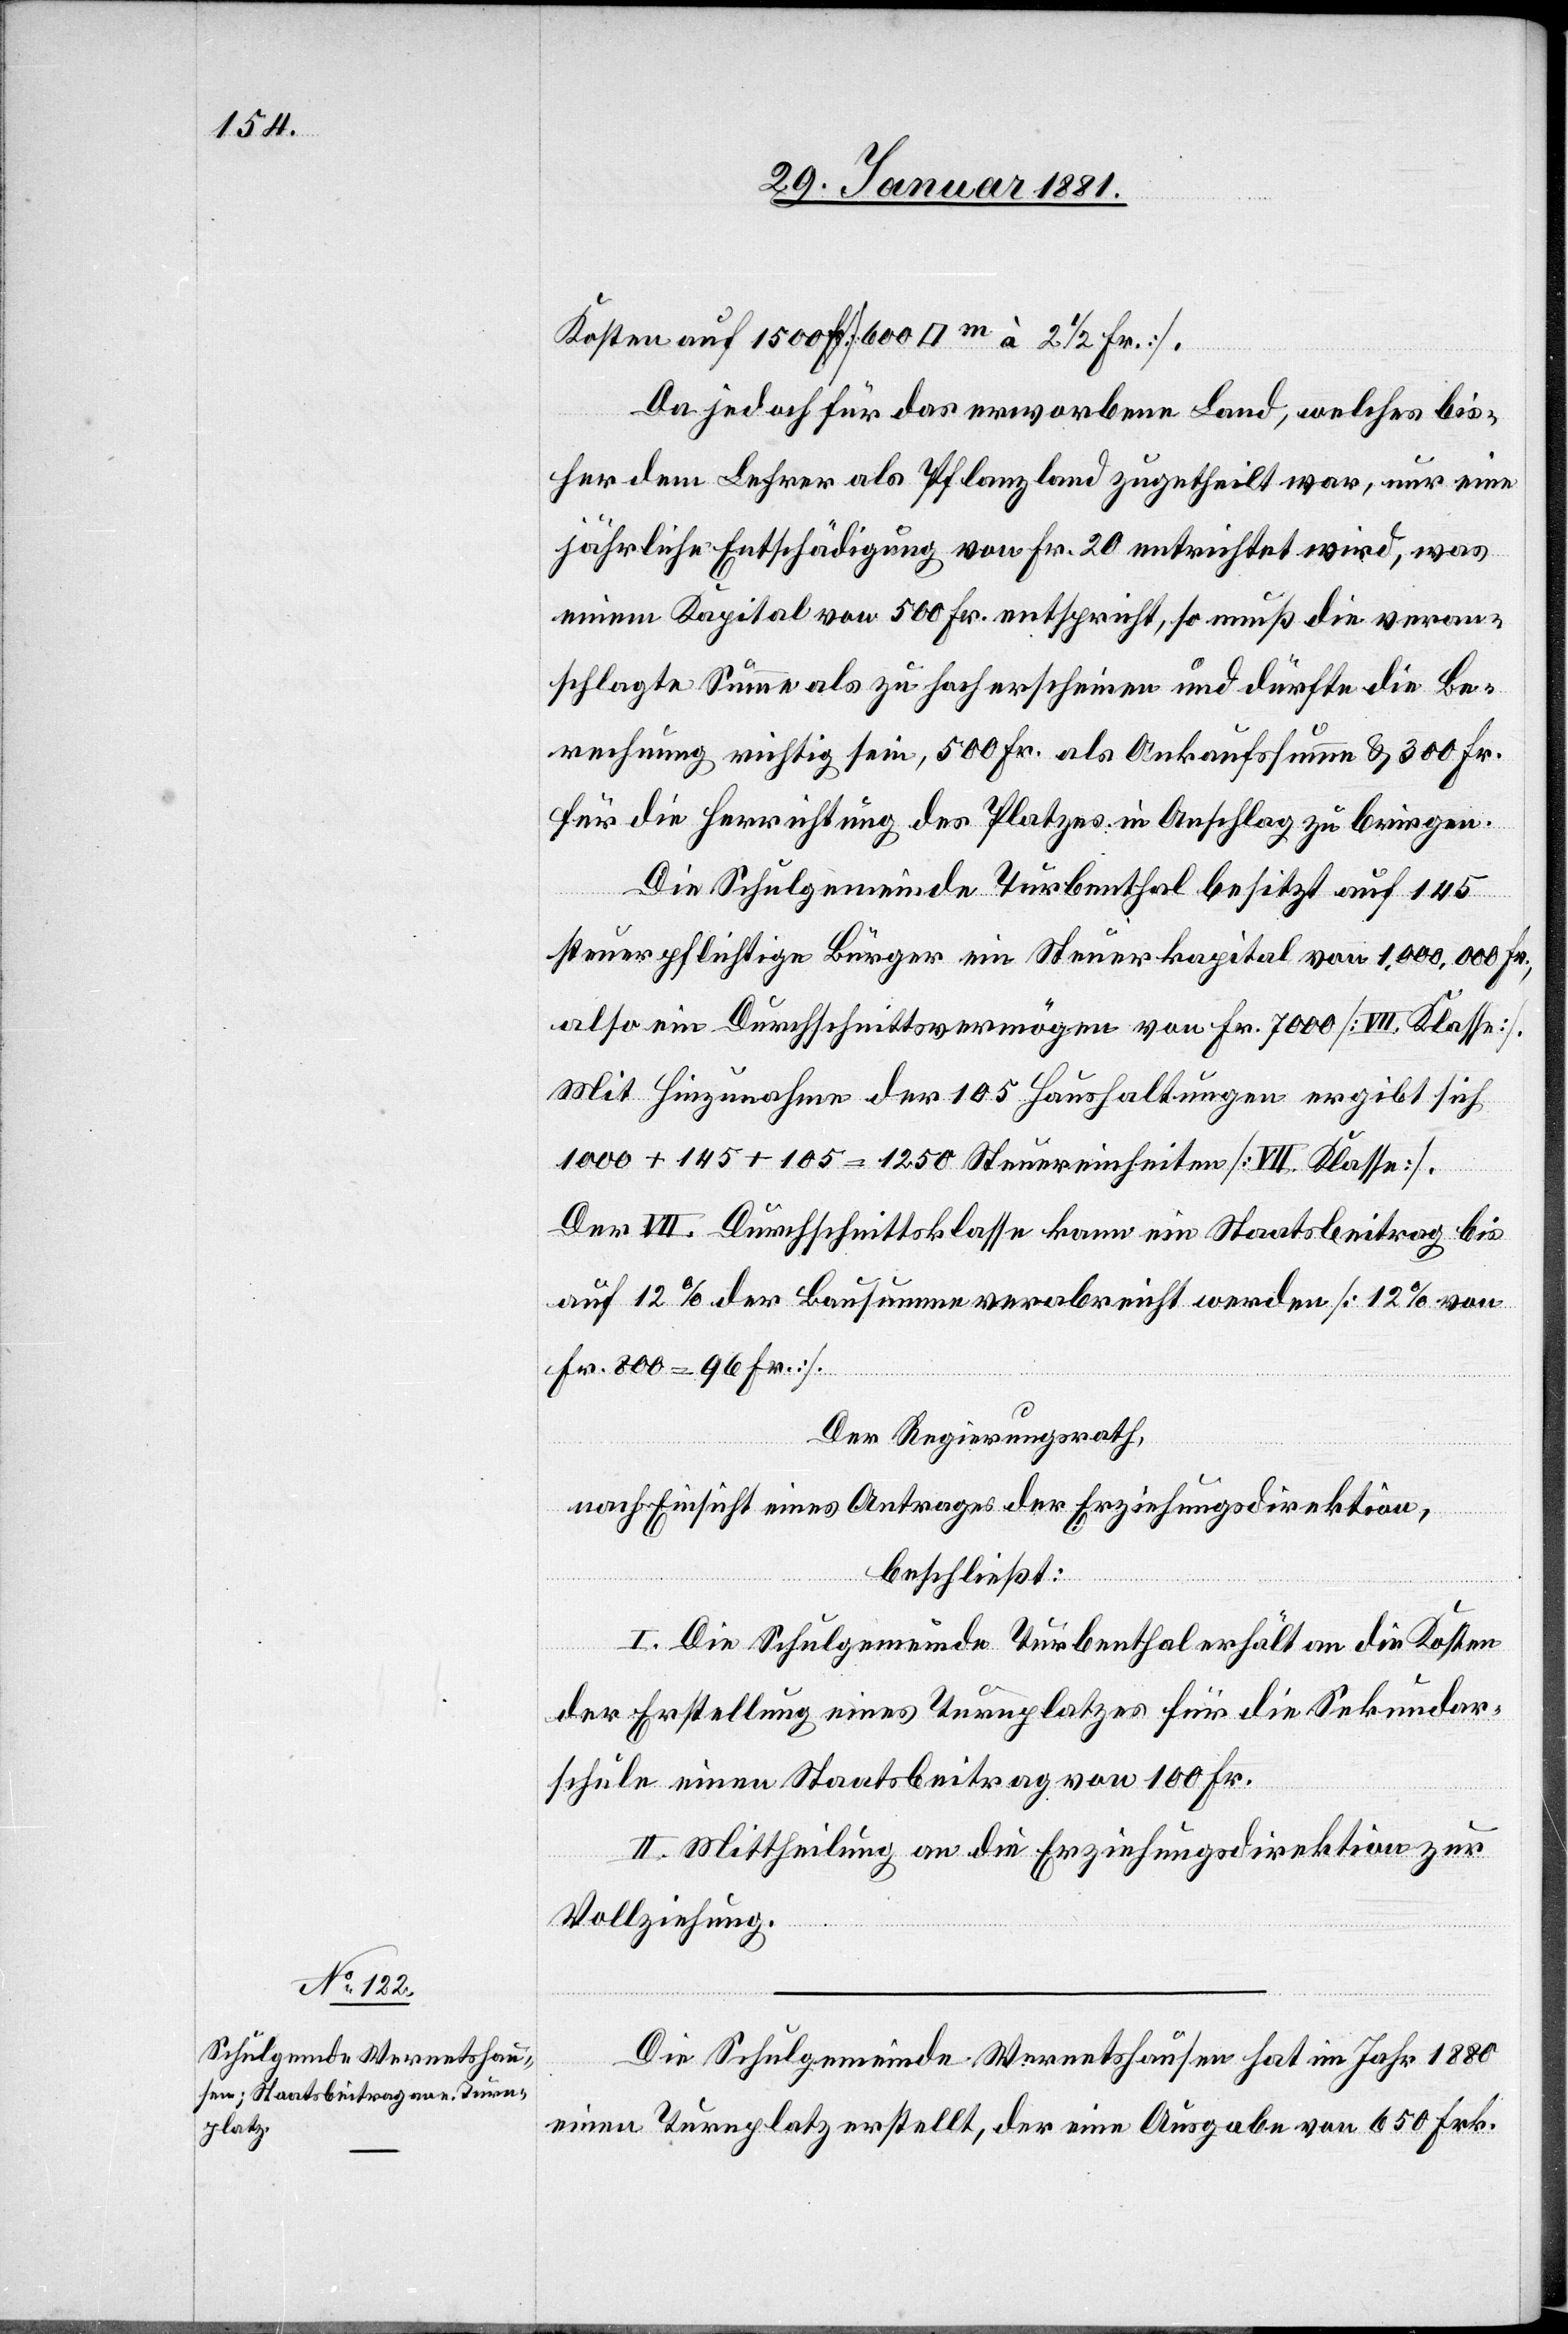
Kosten auf 1500 Fr. [600 [Quadratmeter] à 2 1/2 Fr.].
Da jedoch für das erworbene Land, welches bis¬
her dem Lehrer als Pflanzland zugetheilt war, nur eine
jährliche Entschädigung von Fr. 20 entrichtet wird, was
einem Kapital von 500 Fr. entspricht, so muß die veran¬
schlagte Summe als zu hoch erscheinen und dürfte die Be¬
rechnung richtig sein, 500 Fr. als Ankaufssumme & 300 Fr.
für die Herrichtung des Platzes in Anschlag zu bringen.
Die Schulgemeinde Turbenthal besitzt auf 145
steuerpflichtige Bürger ein Steuerkapital von 1,000,000 Fr.,
also ein Durchschnittsvermögen von Fr. 7000 [VIII Klasse].
Mit Hinzunahme der 105 Haushaltungen ergibt sich
1000 + 145 + 105 = 1250 Steuereinheiten [VII. Klasse].
Der VII. Durchschnittsklasse kann ein Staatsbeitrag bis
auf 12% der Bausumme verabreicht werden [12% von
Fr. 800 = 96 Fr.].
Der Regierungsrath,
nach Einsicht eines Antrages der Erziehungsdirektion,
beschließt:
I. Die Schulgemeinde Turbenthal erhält an die Kosten
der Erstellung eines Turnplatzes für die Sekundar¬
schule einen Staatsbeitrag von 100 Fr.
II. Mittheilungen an die Erziehungsdirektion zur
Vollziehung.
Die Schulgemeinde Wernetshausen hat im Jahr 1880
einen Turnplatz erstellt, der eine Ausgabe von 650 Frk.